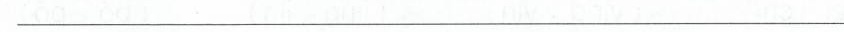
___